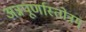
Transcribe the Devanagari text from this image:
अन्नपूर्णास्तोत्रम्